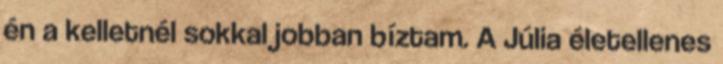
én a kelletnél sokkal jobban bíztam. A Júlia életellenes